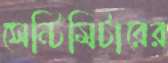
সেন্টিমিটারের